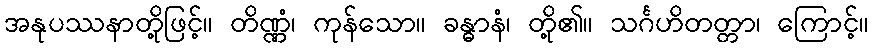
အနုပဿနာတို့ဖြင့်။ တိဏ္ဏံ၊ ကုန်သော။ ခန္ဓာနံ၊ တို့၏။ သင်္ဂဟိတတ္တာ၊ ကြောင့်။